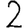
Digit: 2